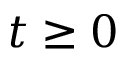
t \ge 0